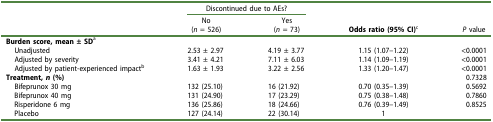
<table><thead><tr><td><b> </b></td><td colspan="2"><b>Discontinued due to AEs?</b></td><td><b> </b></td><td><b> </b></td></tr><tr><td><b> </b></td><td><b>No(<i>n</i> = 526)</b></td><td><b>Yes(<i>n</i> = 73)</b></td><td><b>Odds ratio (95% CI)<sup>c</sup></b></td><td><b><i>P</i> value</b></td></tr></thead><tbody><tr><td><b>Burden score, mean ± SD</b><sup>a</sup></td><td> </td><td> </td><td> </td><td> </td></tr><tr><td>Unadjusted</td><td>2.53 ± 2.97</td><td>4.19 ± 3.77</td><td>1.15 (1.07–1.22)</td><td>&lt;0.0001</td></tr><tr><td>Adjusted by severity</td><td>3.41 ± 4.21</td><td>7.11 ± 6.03</td><td>1.14 (1.09–1.19)</td><td>&lt;0.0001</td></tr><tr><td>Adjusted by patient-experienced impact<sup>b</sup></td><td>1.63 ± 1.93</td><td>3.22 ± 2.56</td><td>1.33 (1.20–1.47)</td><td>&lt;0.0001</td></tr><tr><td><b>Treatment, <i>n</i> (%)</b></td><td> </td><td> </td><td> </td><td>0.7328</td></tr><tr><td>Bifeprunox 30 mg</td><td>132 (25.10)</td><td>16 (21.92)</td><td>0.70 (0.35–1.39)</td><td>0.5692</td></tr><tr><td>Bifeprunox 40 mg</td><td>131 (24.90)</td><td>17 (23.29)</td><td>0.75 (0.38–1.48)</td><td>0.7860</td></tr><tr><td>Risperidone 6 mg</td><td>136 (25.86)</td><td>18 (24.66)</td><td>0.76 (0.39–1.49)</td><td>0.8525</td></tr><tr><td>Placebo</td><td>127 (24.14)</td><td>22 (30.14)</td><td>1</td><td> </td></tr></tbody></table>